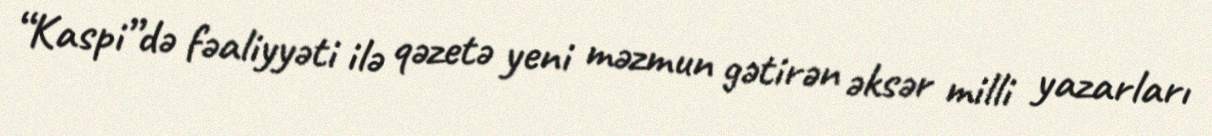
“Kaspi”də fəaliyyəti ilə qəzetə yeni məzmun gətirən əksər milli yazarları